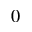
_ { 0 }